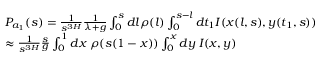
\begin{array} { r l } & { P _ { a _ { 1 } } ( s ) = \frac { 1 } { s ^ { 3 H } } \frac { 1 } { \lambda + g } \int _ { 0 } ^ { s } d l \rho ( l ) \int _ { 0 } ^ { s - l } d t _ { 1 } I ( x ( l , s ) , y ( t _ { 1 } , s ) ) } \\ & { \approx \frac { 1 } { s ^ { 3 H } } \frac { s } { g } \int _ { 0 } ^ { 1 } d x \; \rho ( s ( 1 - x ) ) \int _ { 0 } ^ { x } d y \; I ( x , y ) } \end{array}